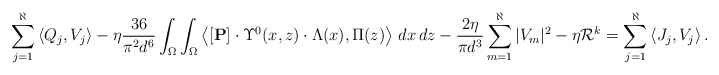
\begin{align*}\sum_{j = 1}^\aleph\left\langle Q_j, V_j\right\rangle-\eta \frac{36}{\pi^2 d^6}\int_{\Omega}\int_{\Omega}\left\langle [\mathbf{P}]\cdot\Upsilon^0(x, z)\cdot \Lambda(x), \Pi(z)\right\rangle\,dx\,dz-\frac{2\eta }{\pi d^3}\sum_{m=1}^\aleph|V_m|^2-\eta \mathcal{R}^k= \sum_{j = 1}^\aleph\left\langle J_j, V_j\right\rangle.\end{align*}